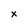
Character: x